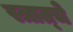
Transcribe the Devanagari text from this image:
स्त्रात्चे